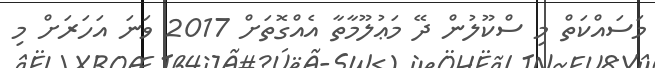
މަސައްކަތް މި ސްކޫލުން ދޭ މަޢުލޫމާތާ އެއްގޮތަށް 2017 ވަނަ އަހަރަށް މި